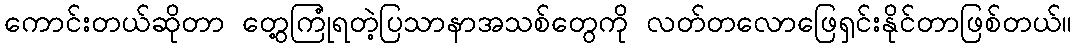
ကောင်းတယ်ဆိုတာ တွေ့ကြုံရတဲ့ပြသာနာအသစ်တွေကို လတ်တလောဖြေရှင်းနိုင်တာဖြစ်တယ်။